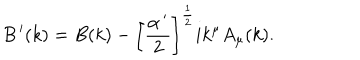
LaTeX: B ^ { \, \prime } ( k ) = B ( k ) - \left[ \frac { \alpha ^ { \, \prime } } { 2 } \right] ^ { \frac 1 2 } i k ^ { \mu } A _ { \mu } ( k ) .